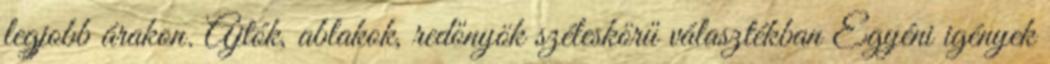
legjobb árakon. Ajtók, ablakok, redőnyök széleskörű választékban Egyéni igények